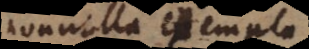
nonnulla exempla